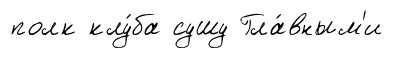
полк клу́ба сушу Гла́вным'и